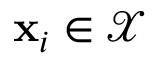
\mathbf { x } _ { i } \in \mathcal X